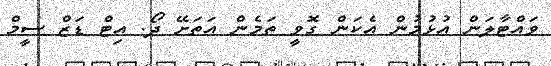
ވައްޓާލަން އުޅުމުން އެކަން ގޮވީ ތަމެން އަތަށޭ ދޯ. އިޓް ޑަޒް ސީމް